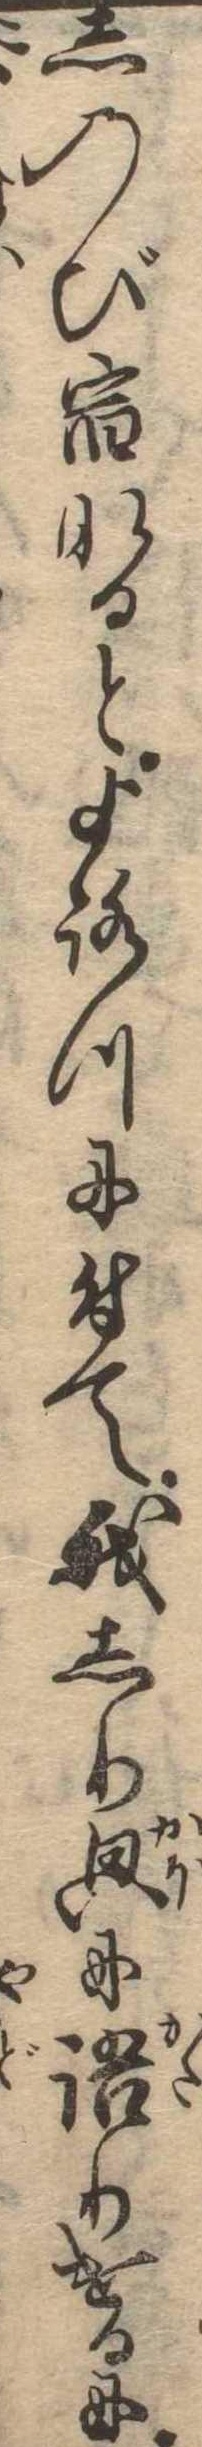
しのび宿なるとよろつに付て我しりに語りけるに